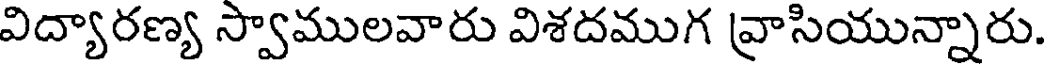
విద్యారణ్య స్వాములవారు విశదముగ వ్రాసియున్నారు.